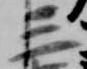
三